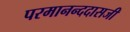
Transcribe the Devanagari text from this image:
परमानन्ददासजी